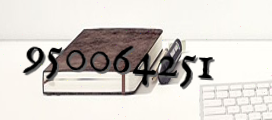
950064251